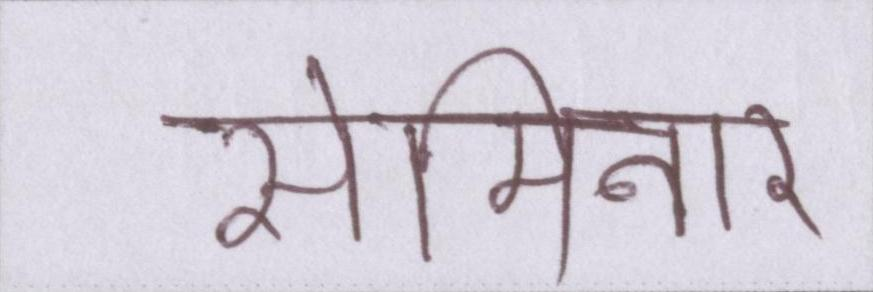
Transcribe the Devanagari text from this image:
सेमिनार